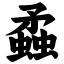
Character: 蟊